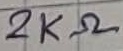
Text: 2KΩ